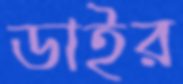
ডাইর